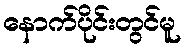
နောက်ပိုင်းတွင်မူ